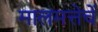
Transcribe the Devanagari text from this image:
मालमत्तेचें